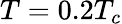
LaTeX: T=0.2T_{c}